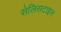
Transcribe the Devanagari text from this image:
सेलिसटाइन